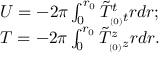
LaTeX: \begin{array} { l l } { { U = - 2 \pi \int _ { 0 } ^ { r _ { 0 } } \tilde { T } _ { _ { ( 0 ) } t } ^ { t } r d r ; } } \\ { { T = - 2 \pi \int _ { 0 } ^ { r _ { 0 } } \tilde { T } _ { _ { ( 0 ) } z } ^ { z } r d r . } } \end{array}